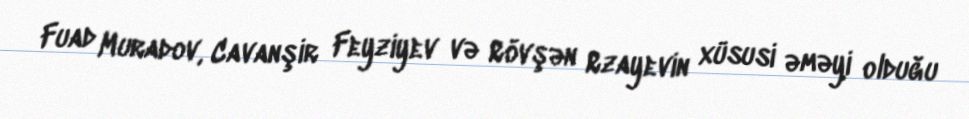
Fuad Muradov, Cavanşir Feyziyev və Rövşən Rzayevin xüsusi əməyi olduğu